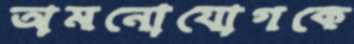
অমনোযোগকে